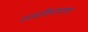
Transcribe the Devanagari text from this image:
राज्यविनाशाला